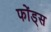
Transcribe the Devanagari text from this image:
फोंड्स